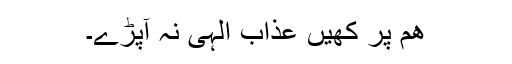
ھم پر کھیں عذاب الہٰٰی نہ آپڑے۔